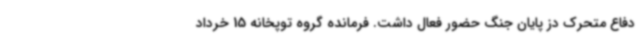
دفاع متحرک دز پایان جنگ حضور فعال داشت. فرمانده گروه توپخانه 15 خرداد